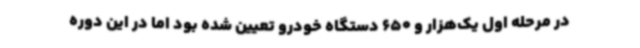
در مرحله اول یک‌هزار و 650 دستگاه خودرو تعیین شده بود اما در این دوره